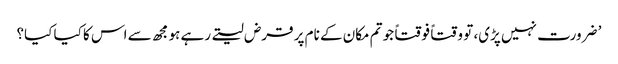
’ ضرورت نہیں پڑی، تو وقتاً فوقتاً جو تم مکان کے نام پر قرض لیتے رہے ہو مجھ سے اس کا کیا کیا؟